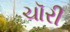
ચૉરી